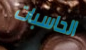
الحاسبات